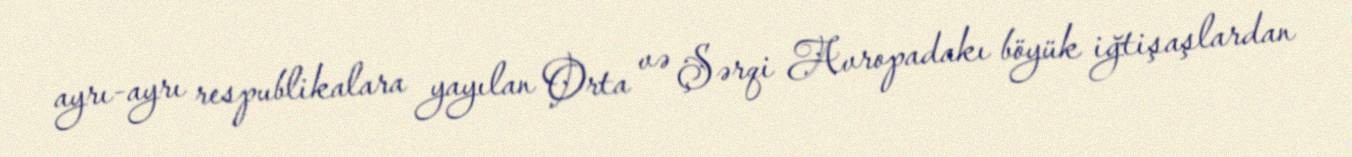
ayrı-ayrı respublikalara yayılan Orta və Şərqi Avropadakı böyük iğtişaşlardan